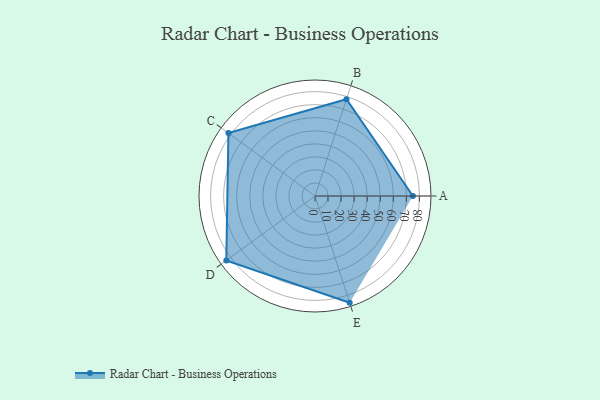
{"axis": {"x": "Skill", "y": "Score"}, "legend": ["Profile"], "data": [{"x": "A", "y": 75.0, "type": "Profile"}, {"x": "B", "y": 78.0, "type": "Profile"}, {"x": "C", "y": 82.0, "type": "Profile"}, {"x": "D", "y": 84.0, "type": "Profile"}, {"x": "E", "y": 86.0, "type": "Profile"}]}